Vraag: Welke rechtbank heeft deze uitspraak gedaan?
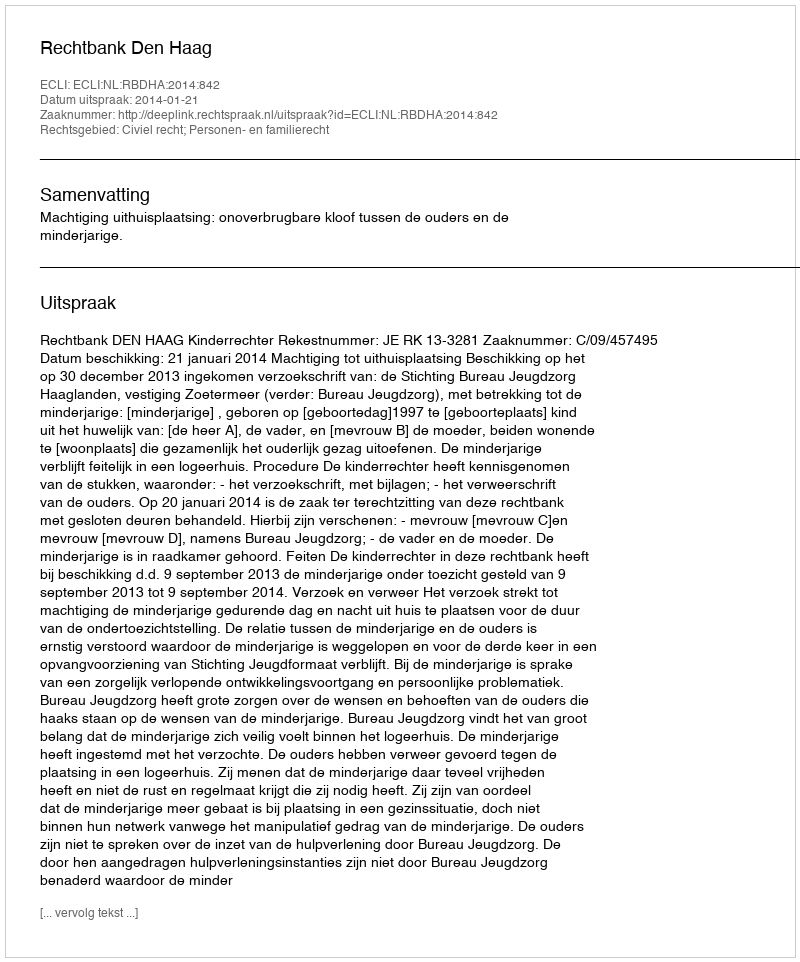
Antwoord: Rechtbank Den Haag